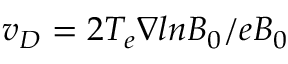
v _ { D } = 2 T _ { e } \nabla l n B _ { 0 } / e B _ { 0 }